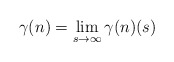
\begin{align*}\gamma(n) = \lim_{s\to \infty} \gamma(n)(s)\end{align*}